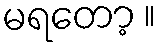
မရတော့ ။